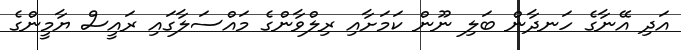
އަދި އޭނާގެ ހަނދާން ބަލި ނޫން ކަަމަށާއި ރިލްވާންގެ މައްސަލާގައި ރައީސް ޔާމީންގެ